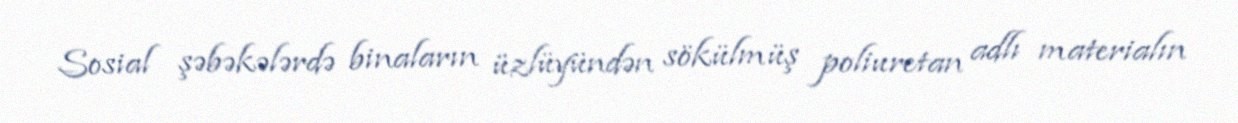
Sosial şəbəkələrdə binaların üzlüyündən sökülmüş poliuretan adlı materialın